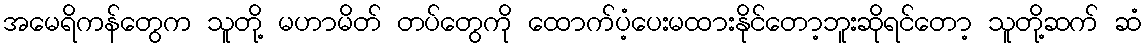
အမေရိကန်တွေက သူတို့ မဟာမိတ် တပ်တွေကို ထောက်ပံ့ပေးမထားနိုင်တော့ဘူးဆိုရင်တော့ သူတို့ဆက် ဆံ